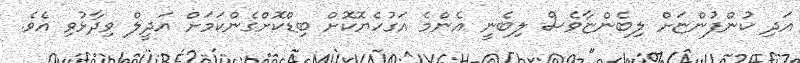
އަދި ކުންފުންޏަށް ލިބެންޏާވެސް ލިބެނީ އެންމެ އަގުހެޔޮކޮށް ބިޑްކޮށްގެންކަމަށް އަދީލް ވިދާޅުވި އެވެ.